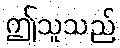
ဤသူသည်